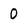
Character: O